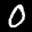
Label: 0